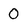
Character: 0